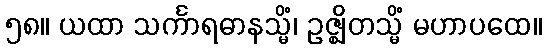
၅၈။ ယထာ သင်္ကာရဓာနသ္မိံ၊ ဥဇ္ဈိတသ္မိံ မဟာပထေ။